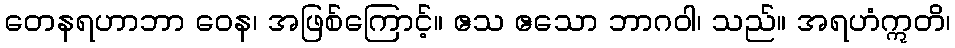
တေနရဟာဘာ ဝေန၊ အဖြစ်ကြောင့်။ ဧသ ဧသော ဘာဂဝါ၊ သည်။ အရဟံဣတိ၊